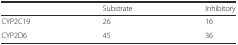
<table><thead><tr><td></td><td><b>Substrate</b></td><td><b>Inhibitory</b></td></tr></thead><tbody><tr><td>CYP2C19</td><td>26</td><td>16</td></tr><tr><td>CYP2D6</td><td>45</td><td>36</td></tr></tbody></table>